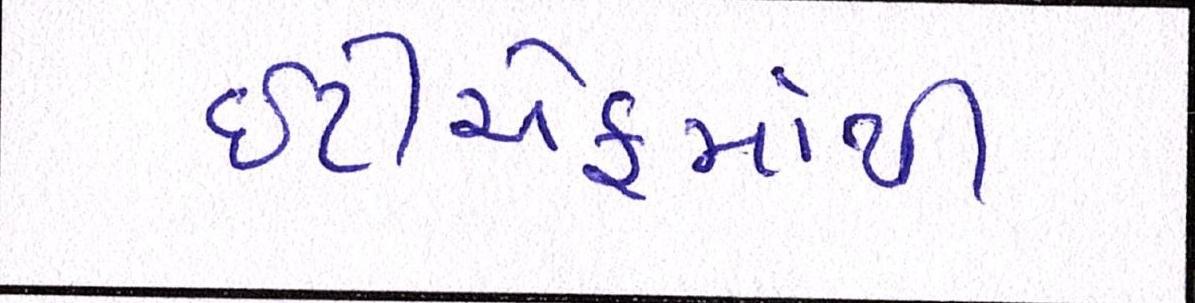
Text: ઇટીએફમાંથી